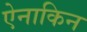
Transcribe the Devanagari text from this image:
ऐनाकिन